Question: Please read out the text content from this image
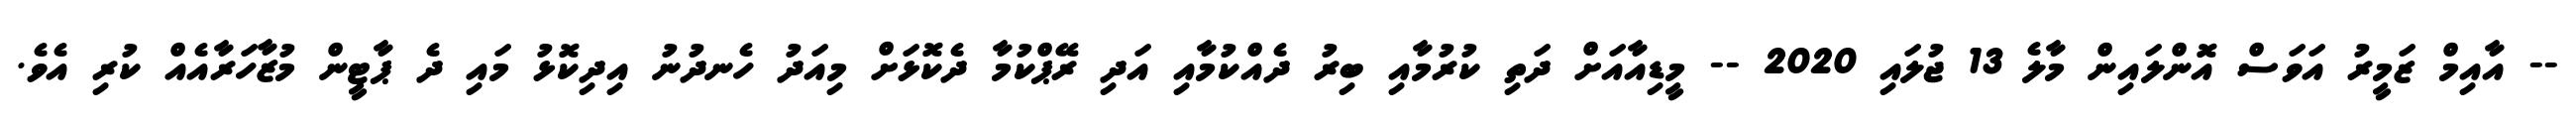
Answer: -- އާއިމް ޒަމީރު އަވަސް އޮންލައިން މާލެ 13 ޖުލައި 2020 -- މީޑިއާއަށް ދަތި ކުރުމާއި ބިރު ދެއްކުމާއި އަދި ރޭޕްކުމާ ދެކޮޅަށް މިއަދު ހެނދުނު އިދިކޮޅު މައި ދެ ޕާޓީން މުޒާހަރާއެއް ކުރި އެވެ.